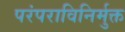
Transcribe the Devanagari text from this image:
परंपराविनिर्मुक्त